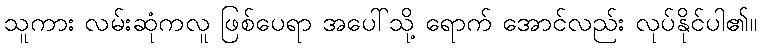
သူကား လမ်းဆုံကလူ ဖြစ်ပေရာ အပေါ်သို့ ရောက် အောင်လည်း လုပ်နိုင်ပါ၏။